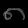
Digit: ၈